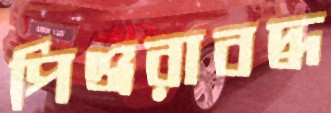
পিঞ্জরাবদ্ধ